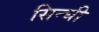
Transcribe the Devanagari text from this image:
सिन्घी